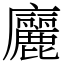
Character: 廲